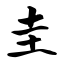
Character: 圭